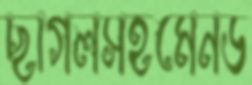
ছাগলসহমেনড